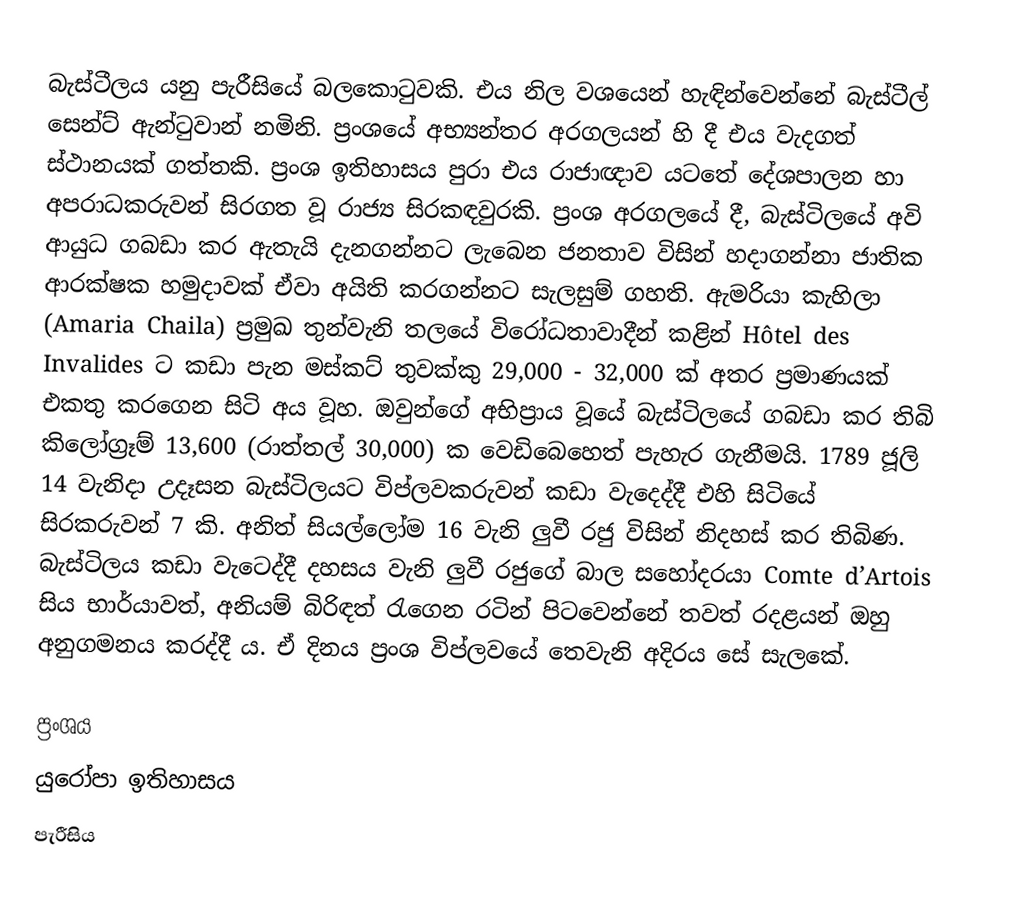
බැස්ටීලය යනු පැරීසියේ බලකොටුවකි. එය නිල වශයෙන් හැඳින්වෙන්නේ බැස්ටීල් සෙන්ට් ඇන්ටුවාන් නමිනි. ප්‍රංශයේ අභ්‍යන්තර අරගලයන් හි දී එය වැදගත් ස්ථානයක් ගත්තකි. ප්‍රංශ ඉතිහාසය පුරා එය රාජාඥාව යටතේ දේශපාලන හා අපරාධකරුවන් සිරගත වූ රාජ්‍ය සිරකඳවුරකි. ප්‍රංශ අරගලයේ දී, බැස්ටිලයේ අවි ආයුධ ගබඩා කර ඇතැයි දැනගන්නට ලැබෙන ජනතාව විසින් හදාගන්නා ජාතික ආරක්ෂක හමුදාවක් ඒවා අයිති කරගන්නට සැලසුම් ගහති. ඇමරියා කැහිලා (Amaria Chaila) ප්‍රමුඛ තුන්වැනි තලයේ විරෝධතාවාදීන් කළින් Hôtel des Invalides ට කඩා පැන මස්කට් තුවක්කු 29,000 - 32,000 ක් අතර ප්‍රමාණයක් එකතු කරගෙන සිටි අය වූහ. ඔවුන්ගේ අභිප්‍රාය වූයේ බැස්ටිලයේ ගබඩා කර තිබි කිලෝග්‍රෑම් 13,600 (රාත්තල් 30,000) ක වෙඩිබෙහෙත් පැහැර ගැනීමයි. 1789 ජූලි 14 වැනිදා උදෑසන බැස්ටිලයට විප්ලවකරුවන් කඩා වැදෙද්දී එහි සිටියේ සිරකරුවන් 7 කි. අනිත් සියල්ලෝම 16 වැනි ලුවී රජු විසින් නිදහස් කර තිබිණ. බැස්ටිලය කඩා වැටෙද්දී දහසය වැනි ලුවී රජුගේ බාල සහෝදරයා Comte d’Artois සිය භාර්යාවත්, අනියම් බිරිඳත් රැගෙන රටින් පිටවෙන්නේ තවත් රදළයන් ඔහු අනුගමනය කරද්දී ය. ඒ දිනය ප්‍රංශ විප්ලවයේ තෙවැනි අදිරය සේ සැලකේ.

ප්‍රංශය
යුරෝපා ඉතිහාසය
පැරීසිය